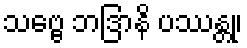
သဗ္ဗေ ဘဒြာနိ ပဿန္တု၊